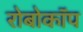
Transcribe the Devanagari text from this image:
रोबोकाॅप